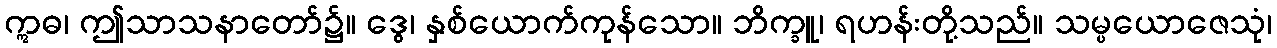
ဣဓ၊ ဤသာသနာတော်၌။ ဒွေ၊ နှစ်ယောက်ကုန်သော။ ဘိက္ခူ၊ ရဟန်းတို့သည်။ သမ္ပယောဇေသုံ၊